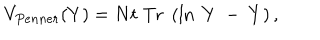
LaTeX: V _ { P e n n e r } ( Y ) = N t \; \mathrm { T r } \; \left( \ln \; Y ~ - ~ Y \right) ,